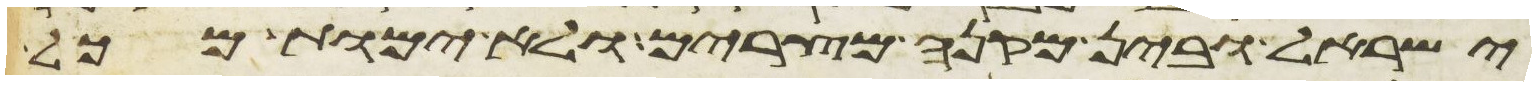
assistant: ישראל ובין מקנה מצרים ולא ימות מכל